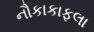
નૌકાકાફલા